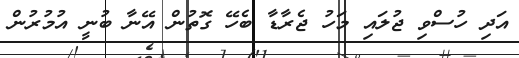
އަދި ހުސްވި ޖުލައި މަހު ޖެރާޑާ ބެހޭ ގޮތުން އޭނާ ބުނީ އުމުރުން